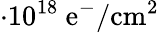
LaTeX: \cdot 10^{18}~\mathrm{e}^{-}/\mathrm{cm}^{2}